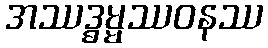
အဿဒ္ဓမ္မဿဝနဿ